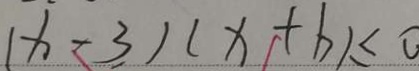
( x - 3 ) ( x + 6 ) \leq 0